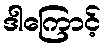
ဒါကြောင့်